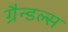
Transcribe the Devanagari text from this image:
ग्रैन्डल्स